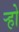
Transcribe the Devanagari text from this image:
र्‍हो